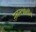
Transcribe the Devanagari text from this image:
समस्त्त्रोतीय